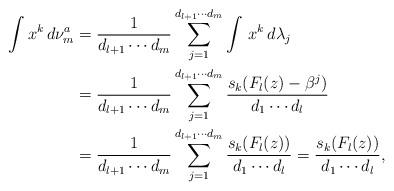
LaTeX: \begin{align*}\int x^k\, d\nu_{m}^a &= \frac{1}{d_{l+1}\cdots d_m}\sum_{j=1}^{d_{l+1}\cdots d_m}\int\,x^k\,d\lambda_j\\&=\frac{1}{d_{l+1}\cdots d_m}\sum_{j=1}^{d_{l+1}\cdots d_m}\frac{s_k(F_l(z)-\beta^j)}{d_1\cdots d_l}\\&=\frac{1}{d_{l+1}\cdots d_m}\sum_{j=1}^{d_{l+1}\cdots d_m}\frac{s_k(F_l(z))}{d_1\cdots d_l} =\frac{s_k(F_l(z))}{d_1\cdots d_l},\end{align*}